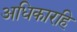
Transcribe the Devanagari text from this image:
अधिकारहि